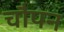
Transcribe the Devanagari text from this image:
चौपन